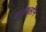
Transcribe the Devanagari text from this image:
बायेथ्लॉन